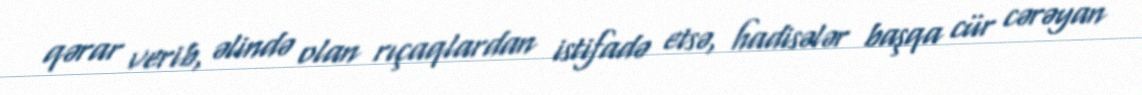
qərar verib, əlində olan rıçaqlardan istifadə etsə, hadisələr başqa cür cərəyan